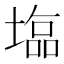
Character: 𡐈